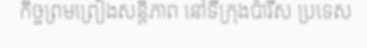
កិច្ចព្រមព្រៀងសន្តិភាព នៅទីក្រុងប៉ារីស ប្រទេស